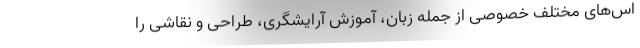
اس‌های مختلف خصوصی از جمله زبان، آموزش آرایشگری، طراحی و نقاشی را